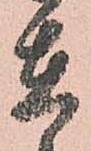
在